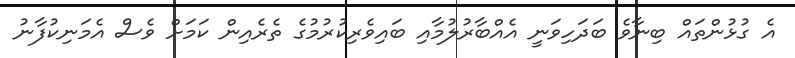
އެ ގުޅުންތައް ބިނާވެ ބަދަހިވަނީ އެއްބާރުލުމާއި ބައިވެރިކުރުމުގެ ތެރެއިން ކަމަށް ވެސް އެމަނިކުފާނު